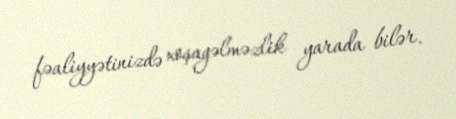
fəaliyyətinizdə xoşagəlməzlik yarada bilər.